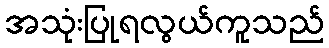
အသုံးပြုရလွယ်ကူသည်